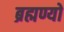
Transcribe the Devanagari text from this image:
ब्रह्मण्यो